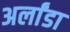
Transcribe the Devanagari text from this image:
अर्लांडा